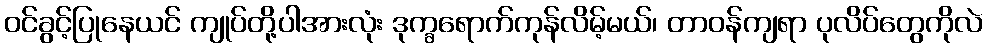
ဝင်ခွင့်ပြုနေယင် ကျုပ်တို့ပါအားလုံး ဒုက္ခရောက်ကုန်လိမ့်မယ်၊ တာဝန်ကျရာ ပုလိပ်တွေကိုလဲ